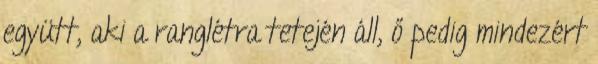
együtt, aki a ranglétra tetején áll, ő pedig mindezért